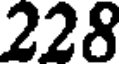
228